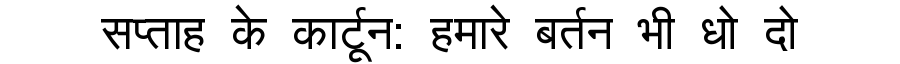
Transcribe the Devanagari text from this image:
सप्ताह के कार्टून: हमारे बर्तन भी धो दो